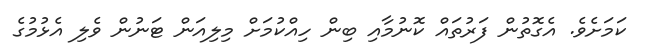
ކަމަށެވެ. އެގޮތުން ފަރުތައް ކޮނުމާއި ބިން ހިއްކުމަށް މިލިއަން ޓަނުން ވެލި އެޅުމުގެ